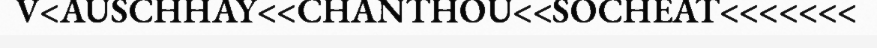
V<AUSCHHAY<<CHANTHOU<<SOCHEAT<<<<<<<